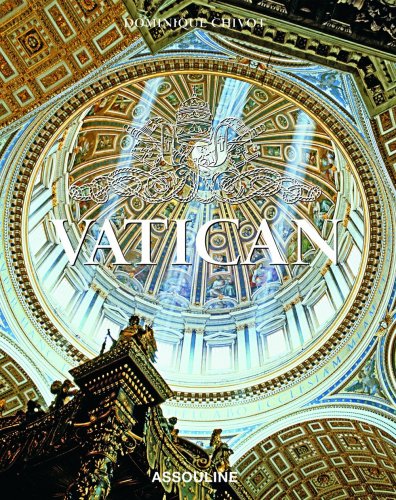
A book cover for Vatican; Dominique Chivot; Arts & Photography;